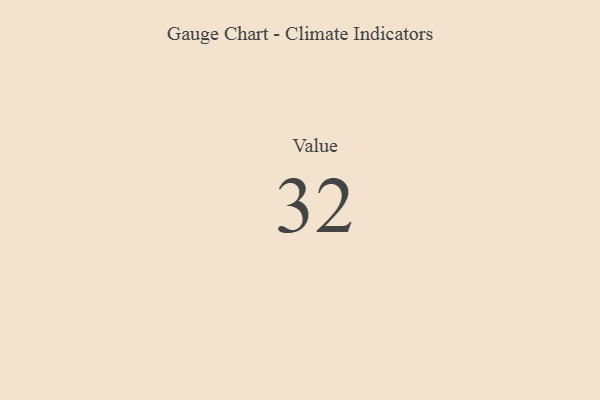
{"axis": {"x": "Metric", "y": "Value"}, "legend": [""], "data": [{"x": "Value", "y": 32, "type": ""}]}